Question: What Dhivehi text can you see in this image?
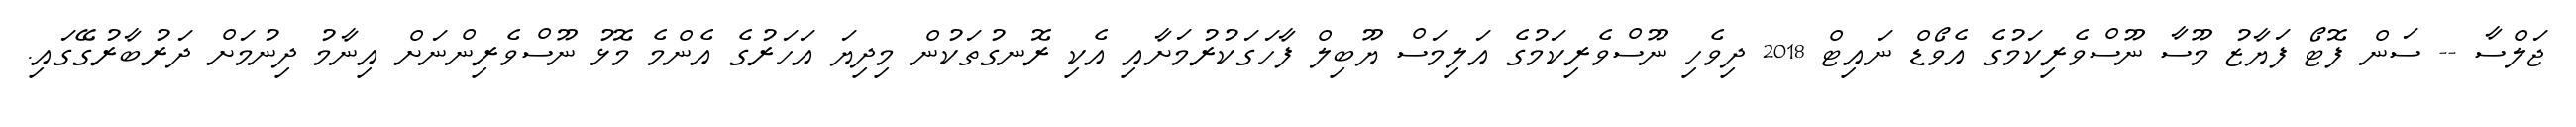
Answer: ޖަލްސާ -- ސަން ފޮޓޯ ފަޔާޒު މޫސާ ނޫސްވެރިކަމުގެ އެވޯޑް ނައިޓް 2018 ދިވެހި ނޫސްވެރިކަމުގެ އަލިމަސް ޔޫބިލް ފާހަގަކުރުމަށާއި އެކި ރޮނގުތަކުން މިދިޔަ އަހަރުގެ އެންމެ މޮޅު ނޫސްވެރިންނަށް އިނާމު ދިނުމަށް ދަރުބާރުގޭގައި.